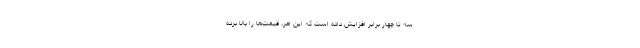
سه تا چهار برابر افزایش داده است که این امر، قیمت‌ها را بالا برده